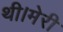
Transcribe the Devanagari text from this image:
थी।मेरी